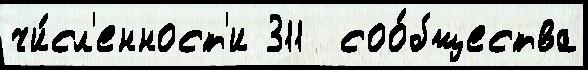
чи́сл'енност'и 311  соо́бщества